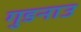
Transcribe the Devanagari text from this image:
गुडनाउ